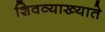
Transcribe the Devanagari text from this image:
शिवव्याख्याते